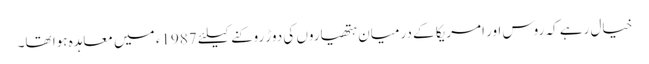
خیال رہے کہ روس اور امریکا کے درمیان ہتھیاروں کی دوڑ روکنے کیلئے 1987ء میں معاہدہ ہوا تھا۔